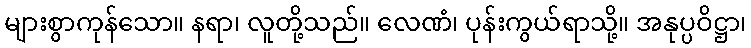
များစွာကုန်သော။ နရာ၊ လူတို့သည်။ လေဏံ၊ ပုန်းကွယ်ရာသို့။ အနုပ္ပဝိဋ္ဌာ၊